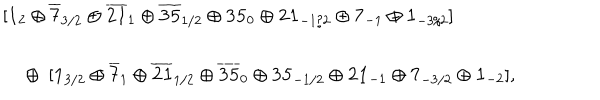
LaTeX: \begin{array} { c l } { { } } & { { [ { \bf 1 } _ { 2 } \oplus { \bf \overline { { { 7 } } } } _ { 3 / 2 } \oplus { \bf \overline { { { 2 1 } } } } _ { 1 } \oplus { \bf \overline { { { 3 5 } } } } _ { 1 / 2 } \oplus { \bf 3 5 } _ { 0 } \oplus { \bf 2 1 } _ { - 1 / 2 } \oplus { \bf 7 } _ { - 1 } \oplus { \bf 1 } _ { - 3 / 2 } ] } } \\ { { } } & { { ~ \oplus ~ [ { \bf 1 } _ { 3 / 2 } \oplus { \bf \overline { { { 7 } } } } _ { 1 } \oplus { \bf \overline { { { 2 1 } } } } _ { 1 / 2 } \oplus { \bf \overline { { { 3 5 } } } } _ { 0 } \oplus { \bf 3 5 } _ { - 1 / 2 } \oplus { \bf 2 1 } _ { - 1 } \oplus { \bf 7 } _ { - 3 / 2 } \oplus { \bf 1 } _ { - 2 } ] , } } \\ \end{array}